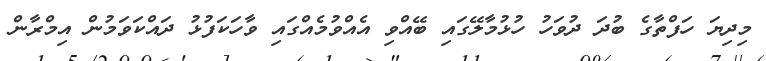
މިދިޔަ ހަފްތާގެ ބުދަ ދުވަހު ހުޅުމާލޭގައި ބޭއްވި އެއްވުމެއްގައި ވާހަކަފުޅު ދައްކަވަމުން އިމްރާން